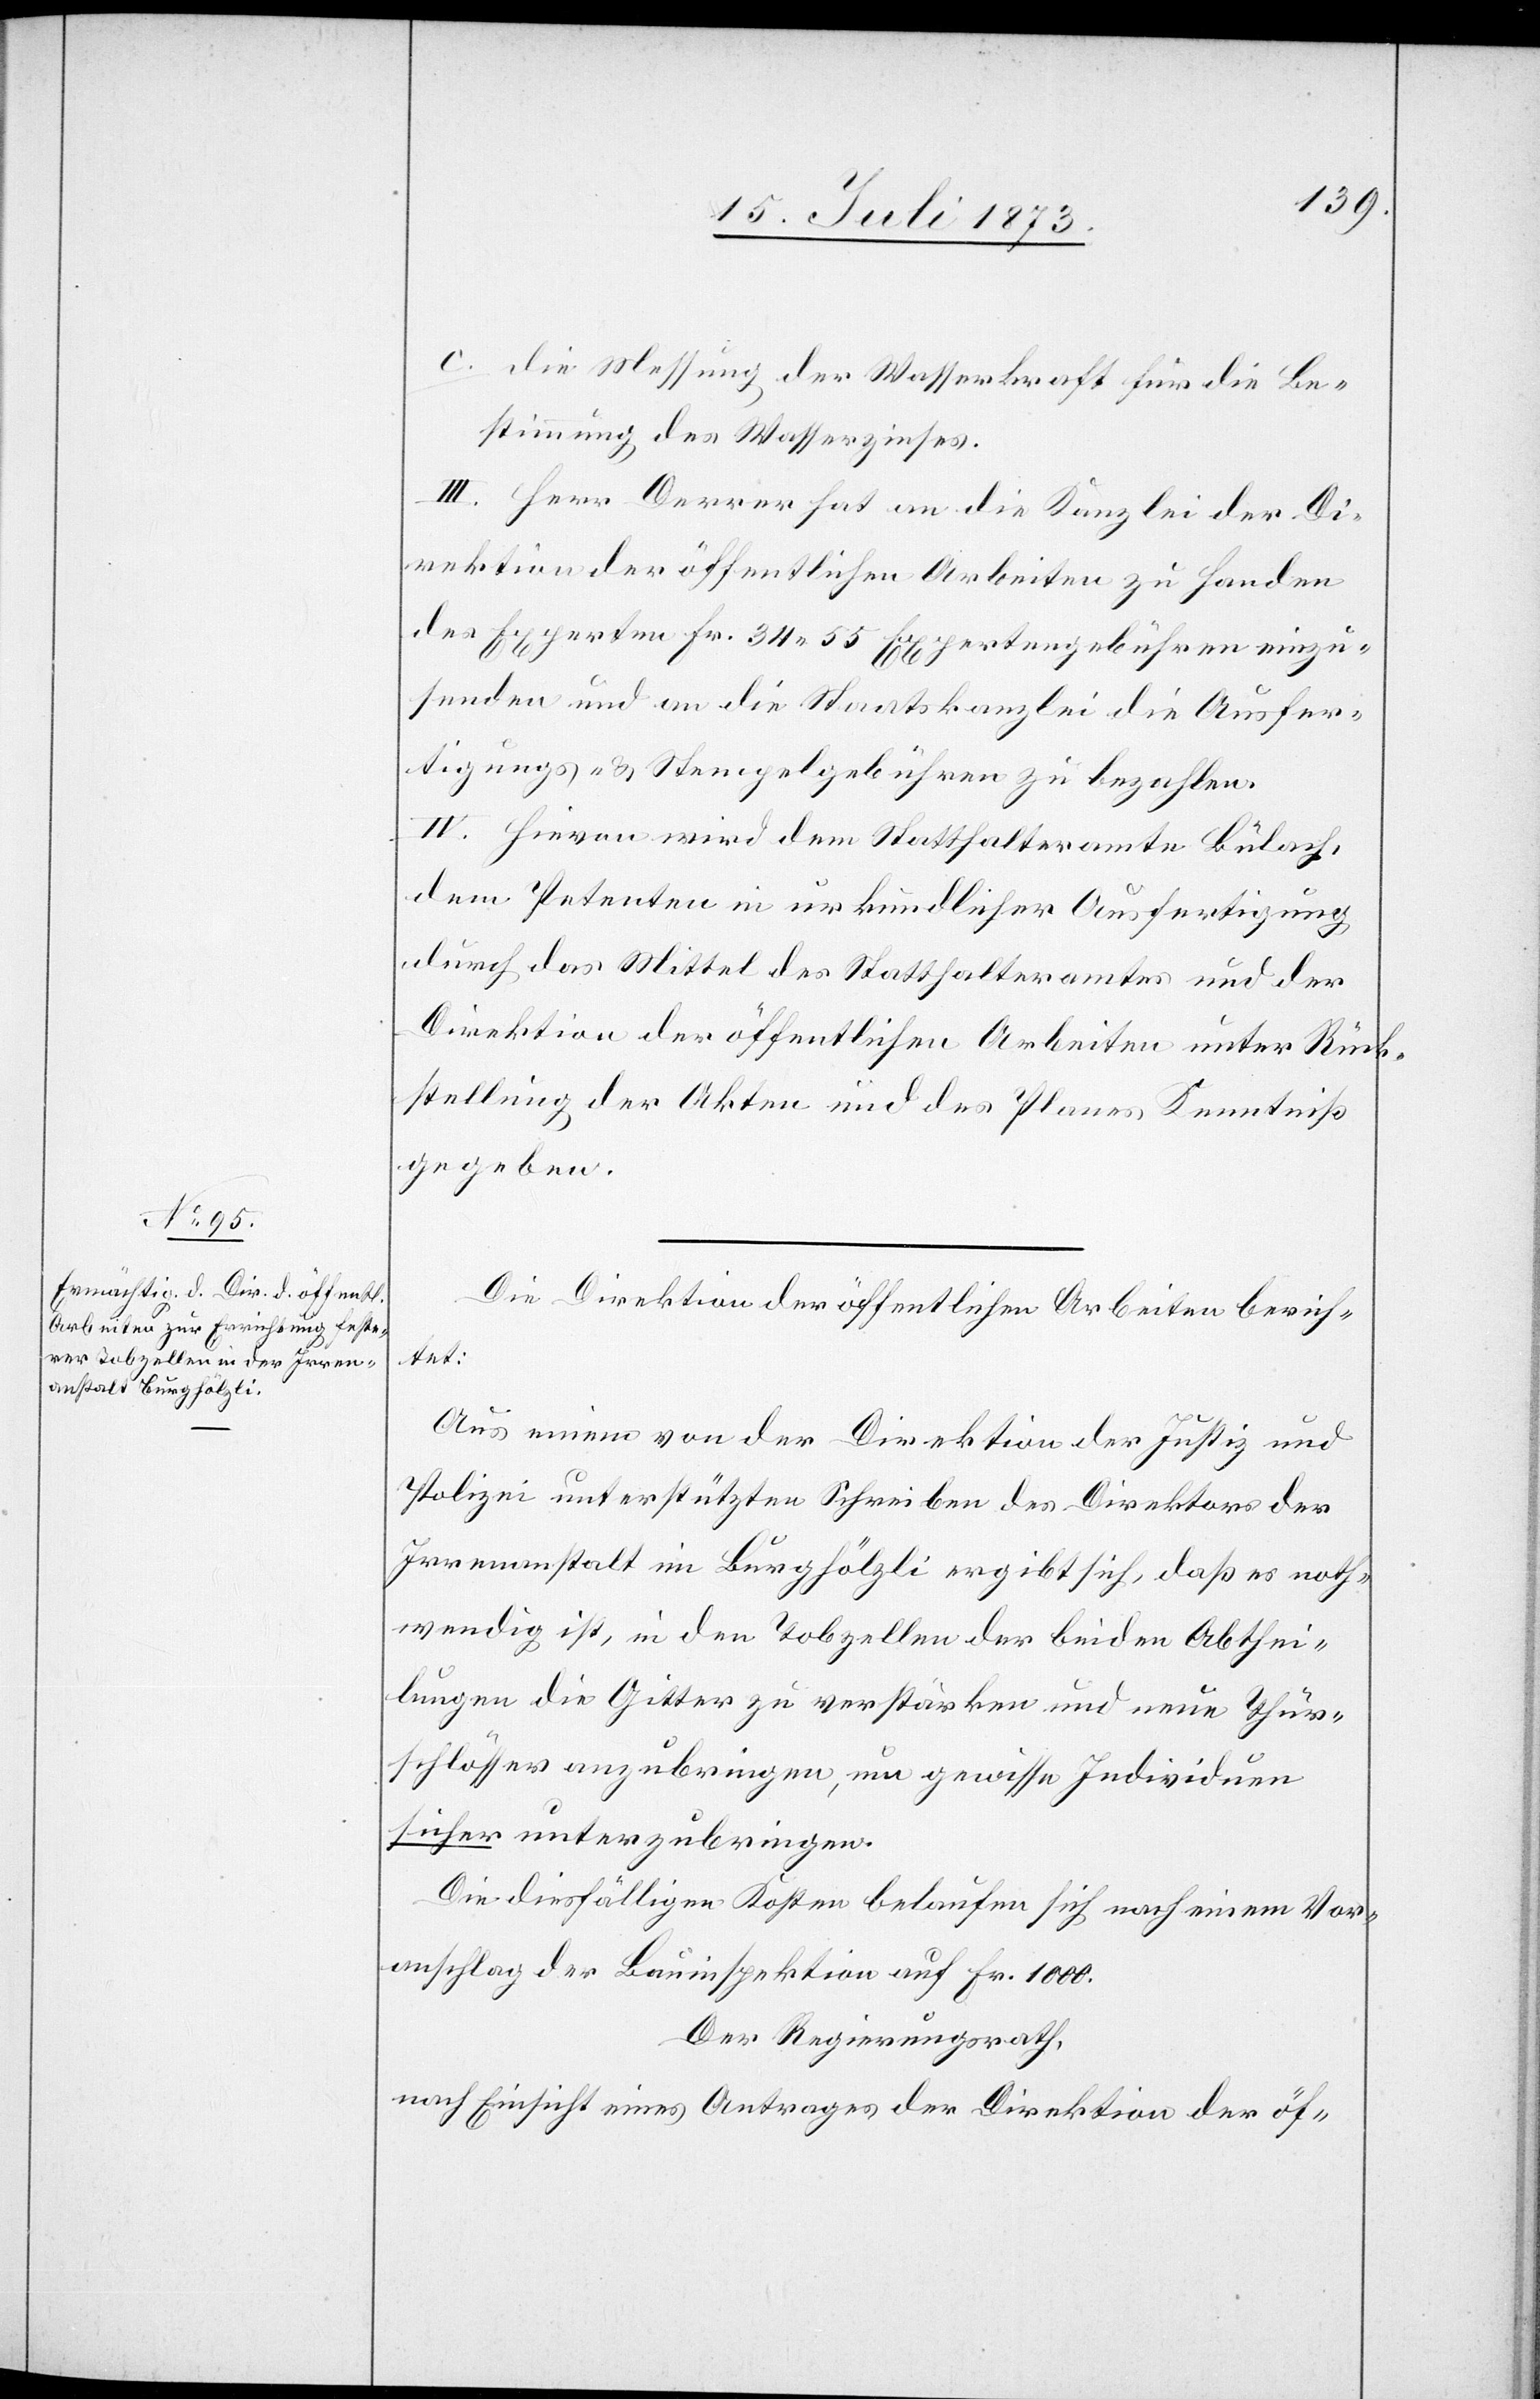
c. die Messung der Wasserkraft für die Be¬
stimmung des Wasserzinses.
III. Herr Derrer hat an die Kanzlei der Di¬
rektion der öffentlichen Arbeiten zu Handen
des Experten Fr. 34 55 Expertengebühren einzu¬
senden und an die Staatskanzlei die Ausfer¬
tigungs- & Stempelgebühren zu bezahlen.
IV. Hievon wird dem Statthalteramte Bülach,
dem Petenten in urkundlicher Ausfertigung
durch das Mittel des Statthalteramtes und der
Direktion der öffentlichen Arbeiten unter Rück¬
stellung der Akten und des Planes Kenntniß
gegeben.
Die Direktion der öffentlichen Arbeiten berich¬
tet:
Aus einem von der Direktion der Justiz und
Polizei unterstützten Schreiben des Direktors der
Irrenanstalt im Burghölzli ergibt sich, daß es noth¬
wendig ist, in den Tobzellen der beiden Abthei¬
lungen die Gitter zu verstärken und neue Thür¬
schlösser anzubringen, um gewisse Individuen
sicher unterzubringen.
Die diesfälligen Kosten belaufen sich nach einem Vor¬
anschlag der Bauinspektion auf Fr. 1 000.
Der Regierungsrath,
nach Einsicht eines Antrages der Direktion der öf-